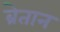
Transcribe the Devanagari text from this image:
ब्रेतान